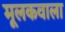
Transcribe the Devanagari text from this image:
मूलकवाला